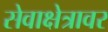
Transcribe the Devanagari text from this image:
सेवाक्षेत्रावर